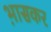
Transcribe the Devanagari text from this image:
भ़ासकर